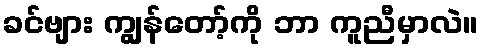
ခင်ဗျား ကျွန်တော့်ကို ဘာ ကူညီမှာလဲ။